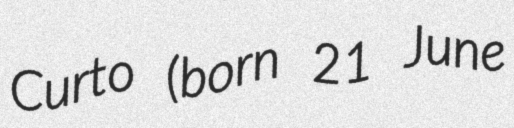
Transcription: Curto (born 21 June